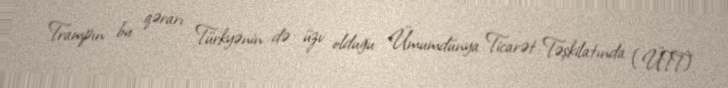
Trampın bu qərarı Türkyənin də üzv olduğu Ümumdünya Ticarət Təşkilatında (ÜTT)